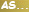
AS...